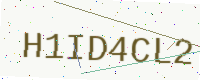
Text: H1ID4CL2